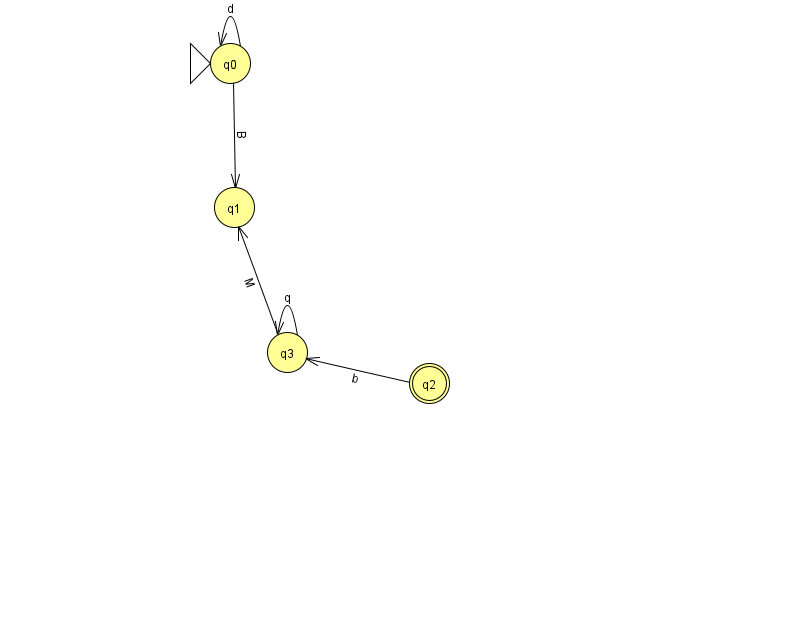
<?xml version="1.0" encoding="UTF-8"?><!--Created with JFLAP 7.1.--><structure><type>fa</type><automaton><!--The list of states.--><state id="0" name="q0"><x>230.0</x><y>50.0</y><initial/></state><state id="1" name="q1"><x>234.0</x><y>194.0</y></state><state id="2" name="q2"><x>429.0</x><y>370.0</y><final/></state><state id="3" name="q3"><x>287.0</x><y>339.0</y></state><!--The list of transitions.--><transition><from>3</from><to>3</to><read>q</read></transition><transition><from>0</from><to>0</to><read>d</read></transition><transition><from>0</from><to>1</to><read>B</read></transition><transition><from>3</from><to>1</to><read>M</read></transition><transition><from>2</from><to>3</to><read>b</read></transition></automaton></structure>